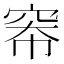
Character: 𪩶